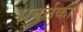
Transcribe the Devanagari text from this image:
प्रवर्त्तकों